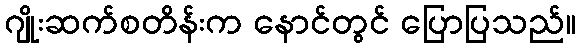
ဂျိုးဆက်စတိန်းက နောင်တွင် ပြောပြသည်။